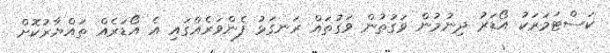
ކަސްޓަމަރަކު އޯޑަރު ދިނުމުން ވަގުތުން ވަގުތައް ރަނގަޅު ފެންވަރެއްގައި އެ އޯޑަރެއް ތައްޔާރުކޮށް